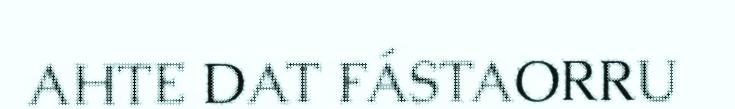
AHTE DAT FÁSTAORRU